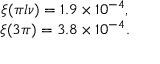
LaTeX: \begin{array} { c } { { \xi ( \pi l \nu ) = 1 . 9 \times 1 0 ^ { - 4 } , } } \\ { { \xi ( 3 \pi ) = 3 . 8 \times 1 0 ^ { - 4 } . } } \end{array}